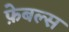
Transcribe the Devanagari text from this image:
फ़ेबल्स